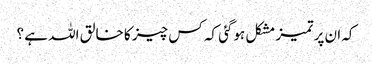
کہ ان پر تمیز مشکل ہوگئی کہ کس چیز کا خالق اللہ ہے ؟